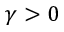
\gamma > 0